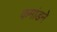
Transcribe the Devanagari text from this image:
कमांडने